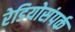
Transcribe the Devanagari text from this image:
रेडियोसंपर्क